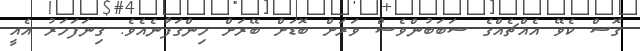
ގޮސް ކެވޭ އެއްޗެއްގެ ސަބަބުންވެސް ވަރަށް ބޮޑަށް ބޭރަށް ހިންގަފާނެއެވެ. ގިނަފަހަރު އެއީ